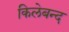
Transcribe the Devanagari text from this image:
किलेबन्द